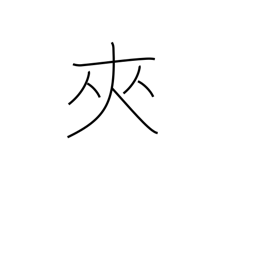
Meaning: insert between